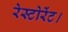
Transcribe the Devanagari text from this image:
रेस्टोरेंट।